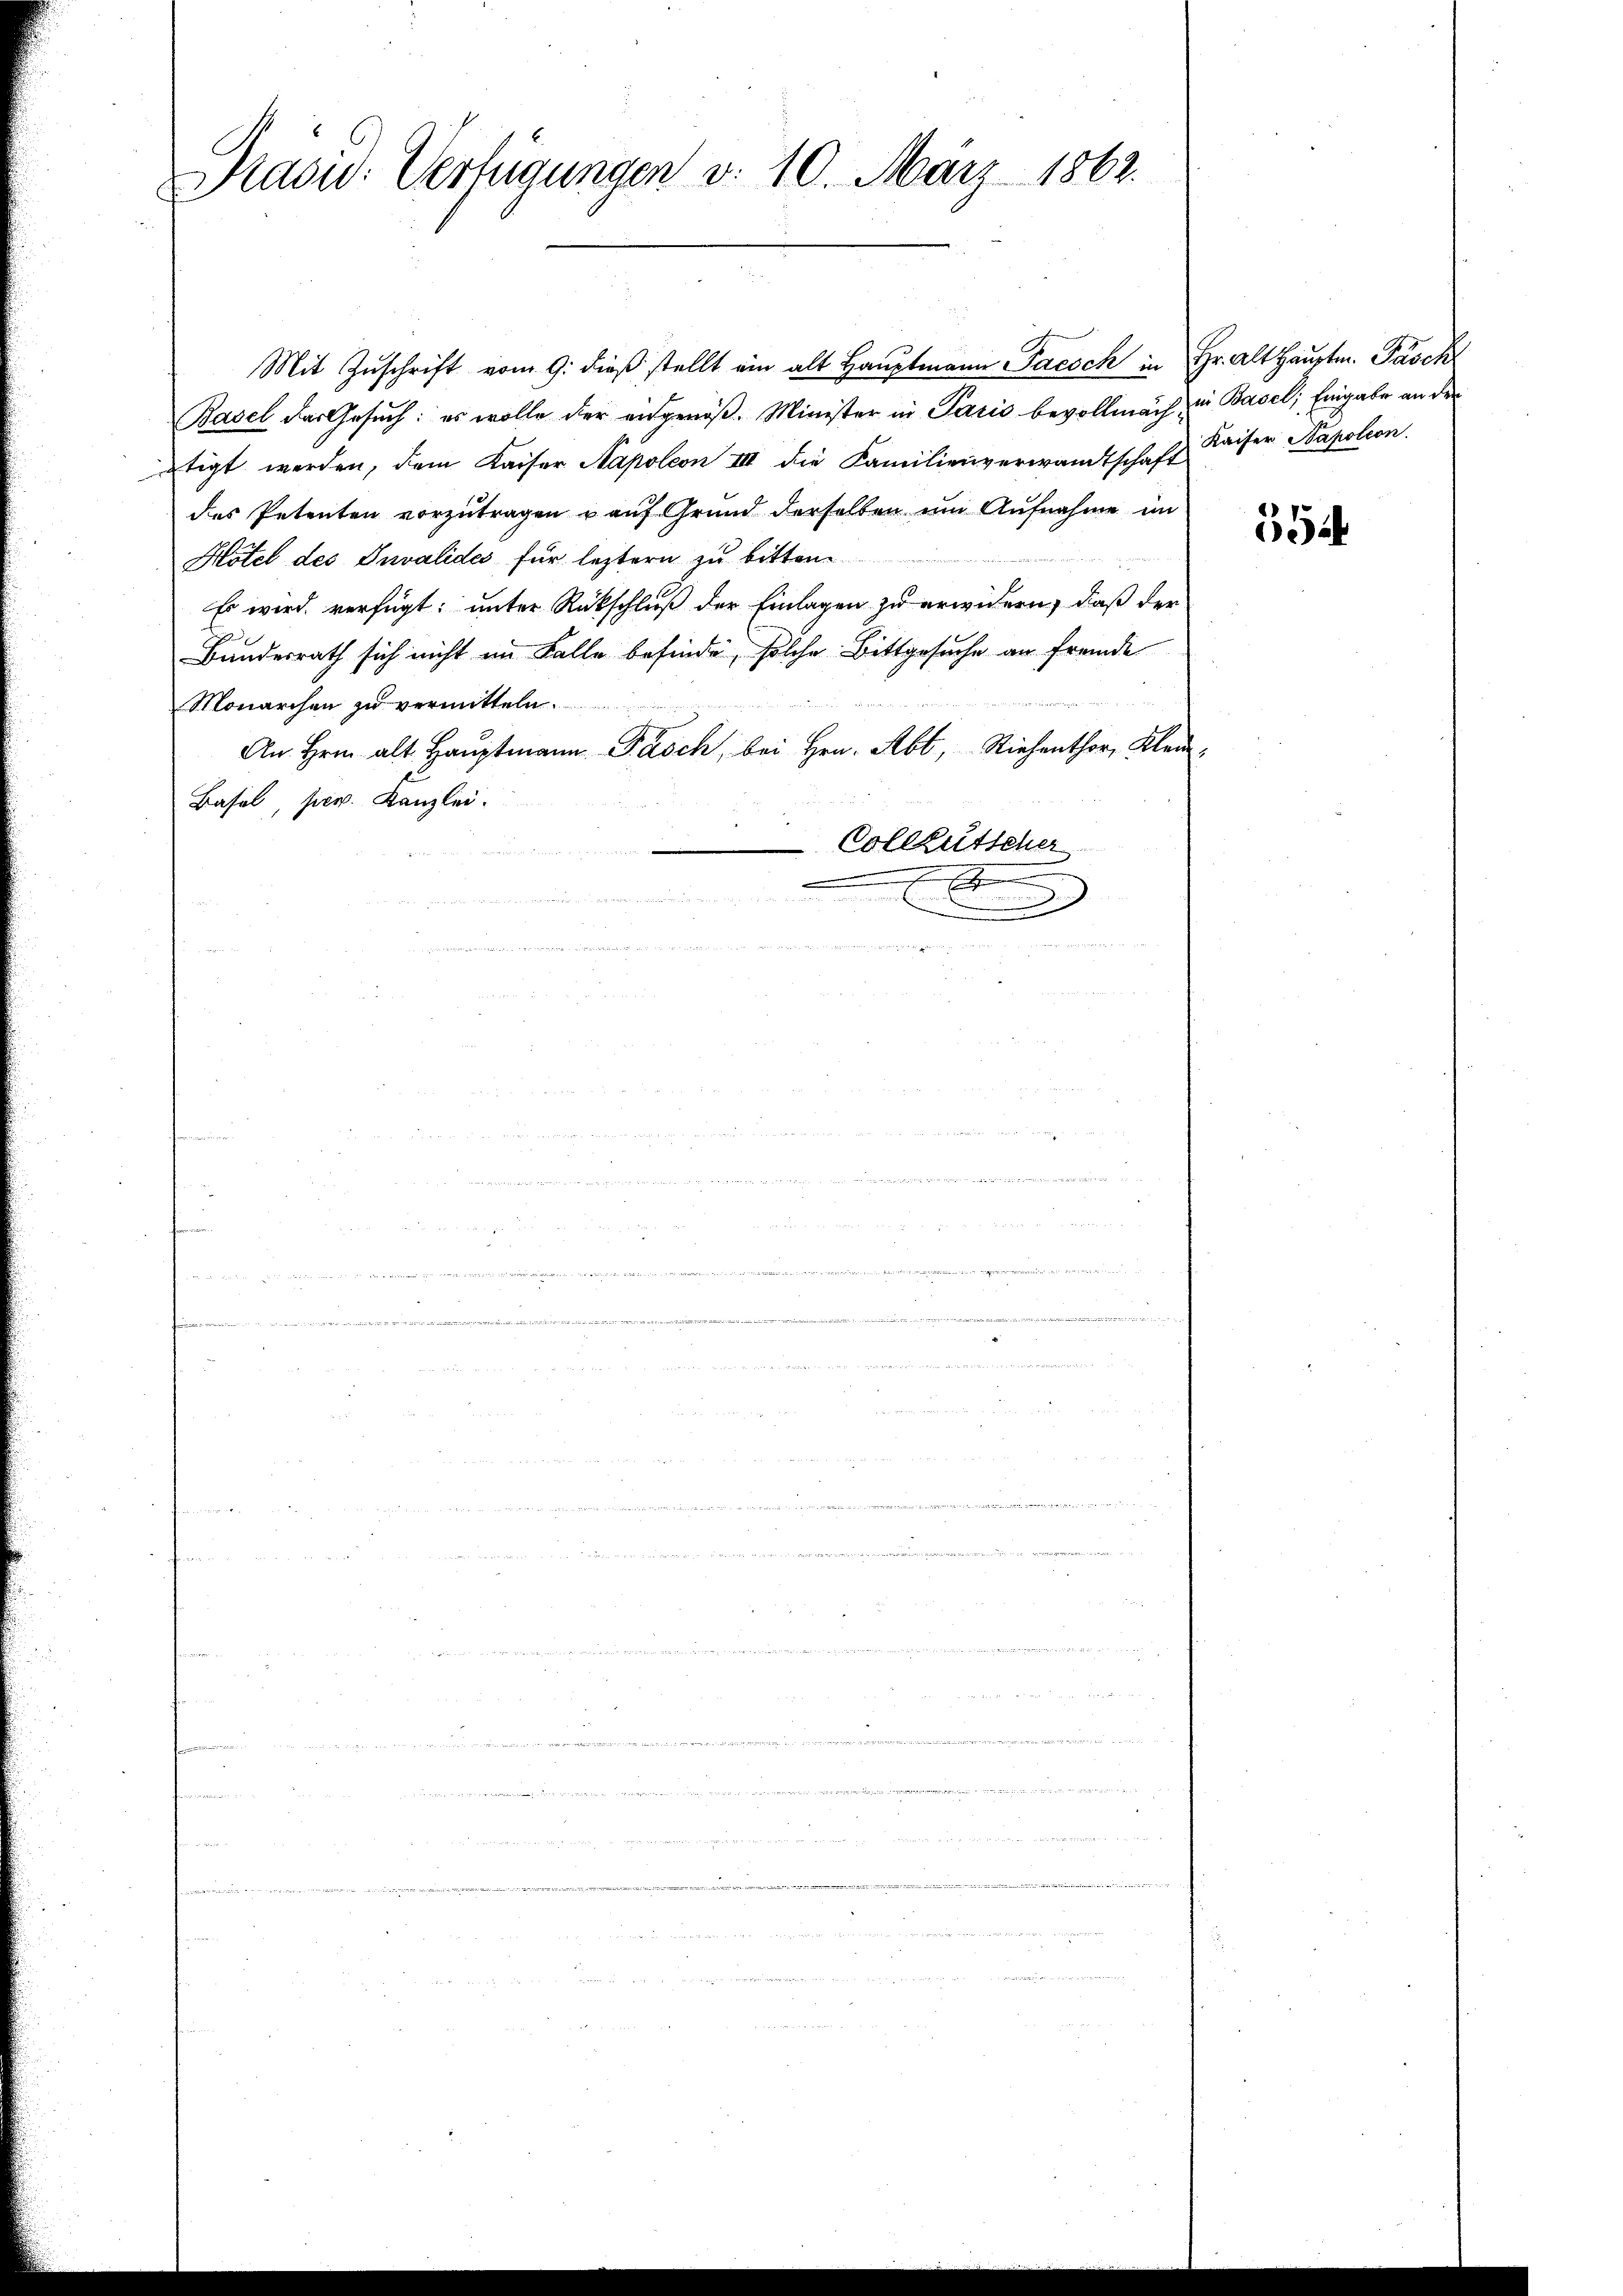
Prasid. Verfügungen d. 10. März 1862.

Mit Zŭschrift vom 9. dieβ stellt ein alt Haŭptmann Jacock in Hr. Alt Hauptm. Pasch
Basel das Gesuch: es wolle der eidgenöß. Minister in Paris bevollmach zur Basel; Eingabe an der
tigt werden, dem Kaiser Napoleon III die Familienverwandtschaft Kaiser Napoleon
des Petenten vorzutragen u auf Grund derselben um Aufnahme im
Hôtel des Invalides für leztern zu bitten.
Es wird verfügt: unter Rückschluß der Einlagen zu erwidern, daß der
Bundesrath sich nicht im Falle befinde, solche Bittgesuche an fremde
Monarchen zu vermitteln.
An Hrn. alt. Haŭptmann Pasch, bei Hrn. Abt, Riehenthor Klei¬
Basel, per. Kanzlei.
-Colletscher
.

x

554